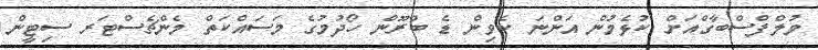
ވުލްފްސްބާގްއަށް ކުޅެމުން އަންނަ ކެވިން ޑެ ބްރޫން ހޯދުމުގެ މަސައްކަތް މެންޗެސްޓަރ ސިޓީން